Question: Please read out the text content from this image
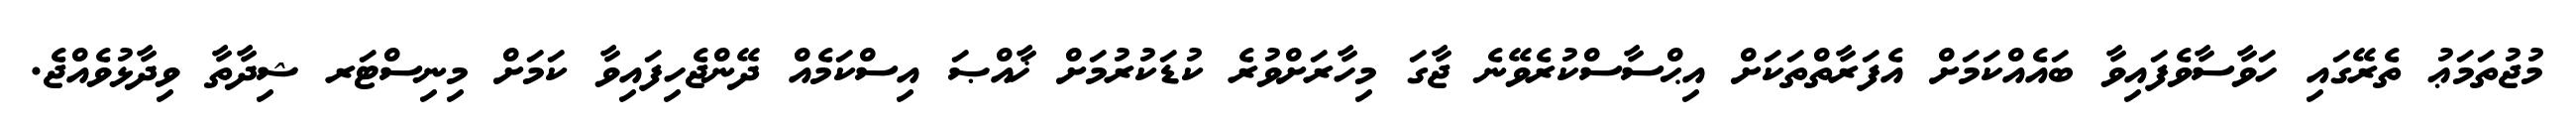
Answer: މުޖުތަމަޢު ތެރޭގައި ހަވާސާވެފައިވާ ބައެއްކަމަށް އެފަރާތްތަކަށް އިޙްސާސްކުރެވޭނެ ޖާގަ މިހާރަށްވުރެ ކުޑަކުރުމަށް ޚާއްޞަ އިސްކަމެއް ދޭންޖެހިފައިވާ ކަމަށް މިނިސްޓަރ ޝިދާތާ ވިދާޅުވެއްޖެ.